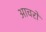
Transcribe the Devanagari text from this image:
आचरों